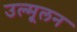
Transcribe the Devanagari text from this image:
उल्मूलन